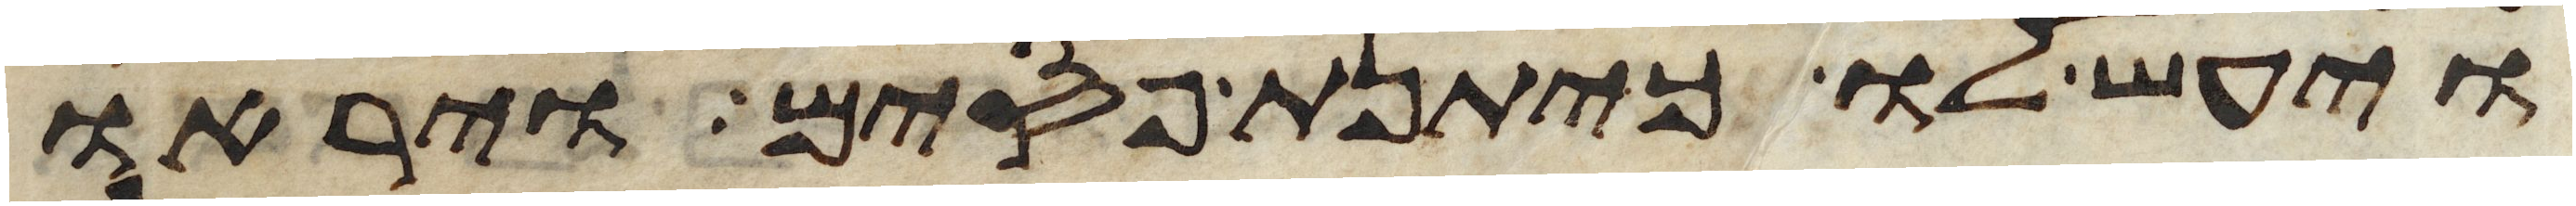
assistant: ויעש לו כיתנת פסים ויראו